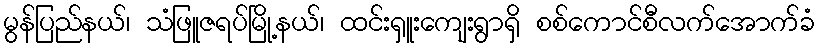
မွန်ပြည်နယ်၊ သံဖြူဇရပ်မြို့နယ်၊ ထင်းရှူးကျေးရွာရှိ စစ်ကောင်စီလက်အောက်ခံ